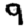
Digit: 9